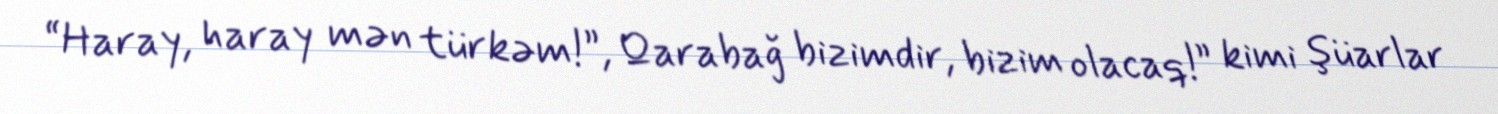
“Haray, haray mən türkəm!”, Qarabağ bizimdir, bizim olacaq!” kimi şüarlar